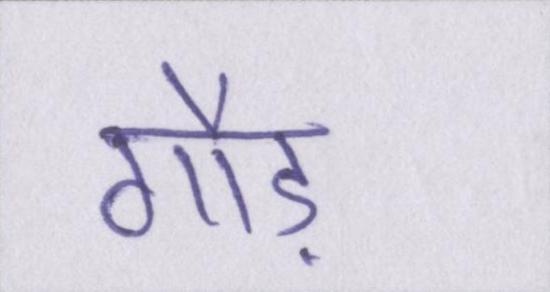
गौड़